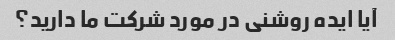
آیا ایده روشنی در مورد شرکت ما دارید؟